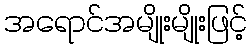
အရောင်အမျိုးမျိုးဖြင့်